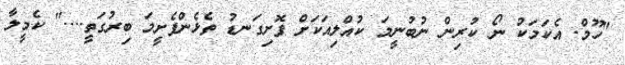
"ހޫމް. އެކަމަކު ނޯ ކުރިން ނުބުނީމަ ކުއްލިއަކަށް ފޮށިގަނޑު ތެޅެންފެށީމަ ބިރުގަތީ...." ކެމީލާ